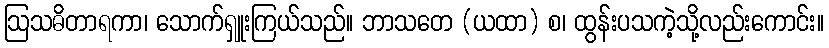
ဩသဓိတာရကာ၊ သောက်ရှူးကြယ်သည်။ ဘာသတေ (ယထာ) စ၊ ထွန်းပသကဲ့သို့လည်းကောင်း။